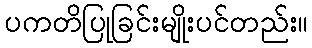
ပကတိပြုခြင်းမျိုးပင်တည်း။